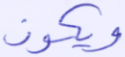
ويكون